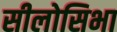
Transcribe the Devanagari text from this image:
सीलोसिभा